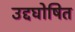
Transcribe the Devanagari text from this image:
उद्दघोषित